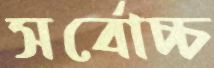
সর্বোচ্চ